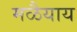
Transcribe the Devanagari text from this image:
मळैयाय